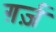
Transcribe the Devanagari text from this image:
ग़र्ज़